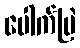
ပေါက်ပြဲ